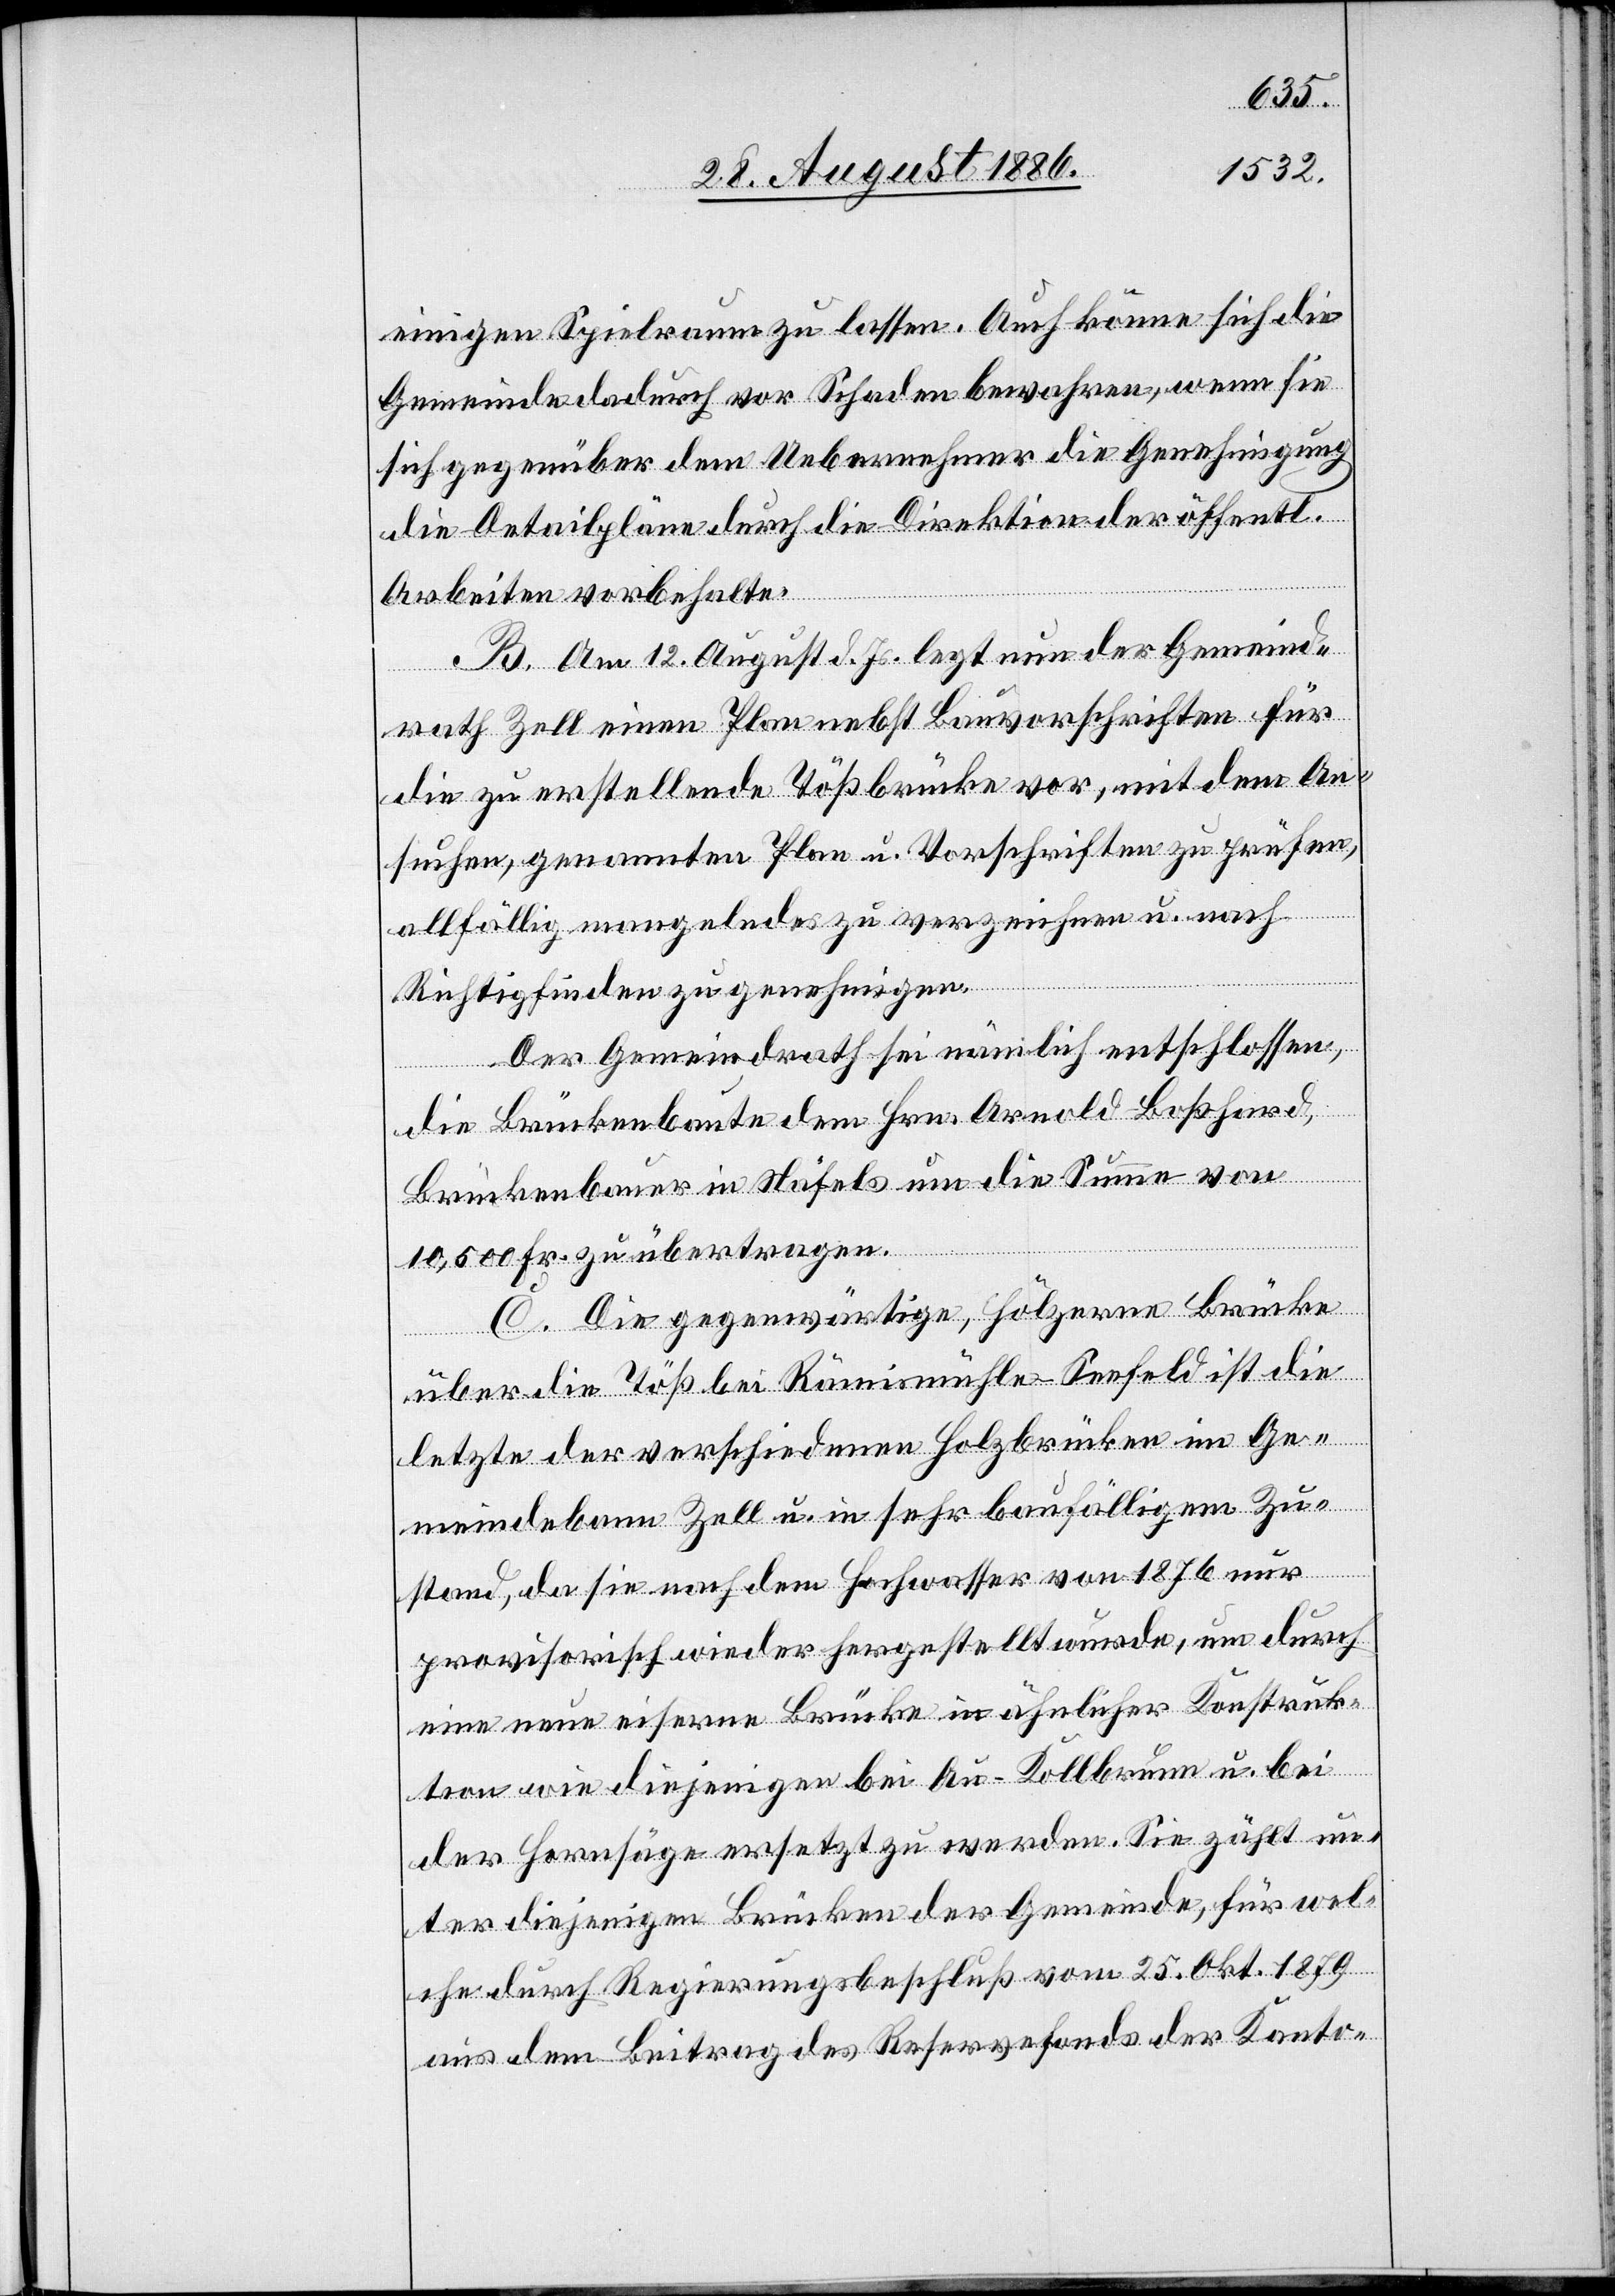
einigen Spielraum zu lassen. Auch könne sich die
Gemeinde dadurch vor Schaden bewahren, wenn sie
sich gegenüber dem Uebernehmer die Genehmigung
[sic!] Detailpläne durch die Direktion der öffentl.
Arbeiten vorbehalten.
B. Am 12. August d. Js. legt nun der Gemeind¬
rath Zell einen Plan nebst Bauvorschriften für
die zu erstellende Tößbrücke vor, mit dem An¬
suchen, genannten Plan u. Vorschriften zu prüfen,
allfällig mangelndes zu verzeichnen u. nach
Richtigfinden zu genehmigen.
Der Gemeindrath sei nämlich entschlossen,
die Brückenbaute dem Hrn. Arnold Boßhard,
Brückenbauer in Näfels um die Summe von
10,500 Fr. zu übertragen.
C. Die gegenwärtige, hölzerne Brücke
die
über die Töß bei Rämismühle–Seefeld ist die
letzte der verschiedenen Holzbrücken im Ge¬
meindebann Zell u. in sehr baufälligem Zu¬
stand, da sie nach dem Hochwasser von 1876 nur
provisorisch wieder hergestellt wurde, um durch
eine neue eiserne Brücke in ähnlicher Konstruk¬
tion wie diejenige bei Au–Kollbrunn u. bei
der Hornsäge ersetzt zu werden. Sie zählt un¬
ter diejenigen Brücken der Gemeinde, für wel¬
che durch Regierungsbeschluß vom 25. Okt. 1879
aus dem Beitrag des Reservefonds der Kanto-